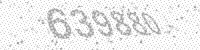
Solution: 639880